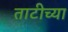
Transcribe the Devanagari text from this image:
ताटीच्या